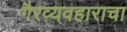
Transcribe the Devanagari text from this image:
गैरव्यवहाराचा